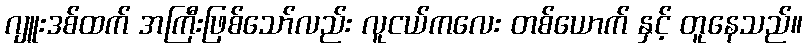
ဂျူးဒစ်ထက် အကြီးဖြစ်သော်လည်း လူငယ်ကလေး တစ်ယောက် နှင့် တူနေသည်။